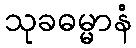
သုခဓမ္မာနံ